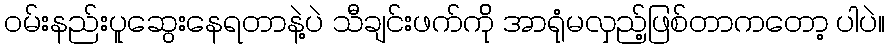
ဝမ်းနည်းပူဆွေးနေရတာနဲ့ပဲ သီချင်းဖက်က်ို အာရုံမလှည့်ဖြစ်တာကတော့ ပါပဲ။